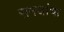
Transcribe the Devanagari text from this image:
समजांचा